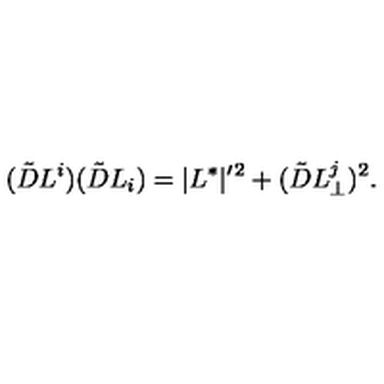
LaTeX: ( \tilde { D } L ^ { i } ) ( \tilde { D } L _ { i } ) = | L ^ { * } | ^ { \prime } { } ^ { 2 } + ( \tilde { D } L _ { \perp } ^ { j } ) ^ { 2 } .